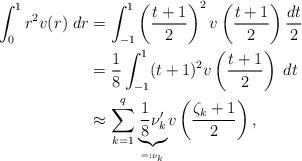
LaTeX: \begin{align*}\int_{0}^{1}r^{2}v(r)\;dr & =\int_{-1}^{1}\left( \frac{t+1}{2}\right)^{2}v\left( \frac{t+1}{2}\right) \frac{dt}{2}\medskip\\& =\frac{1}{8}\int_{-1}^{1}(t+1)^{2}v\left( \frac{t+1}{2}\right)\;dt\medskip\\& \approx\sum_{k=1}^{q}\underset{_{=:\nu_{k}}}{\underbrace{\frac{1}{8}\nu_{k}^{\prime}}}v\left( \frac{\zeta_{k}+1}{2}\right) ,\end{align*}